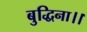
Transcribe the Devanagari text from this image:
बुद्धिना।।